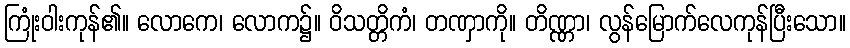
ကြုံးဝါးကုန်၏။ လောကေ၊ လောက၌။ ဝိသတ္တိကံ၊ တဏှာကို။ တိဏ္ဏာ၊ လွန်မြောက်လေကုန်ပြီးသော။